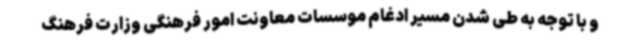
و با توجه به طی شدن مسیر ادغام موسسات معاونت امور فرهنگی وزارت فرهنگ